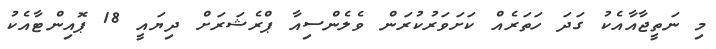
މި ނަތީޖާއާއެކު ގަދަ ހަތަރެއް ކަށަވަރުކުރަން ވެލެންސިއާ ޕްރެޝަރަށް ދިޔައީ 18 ޕޮއިންޓާއެކު